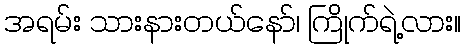
အရမ်း သားနားတယ်နော်၊ ကြိုက်ရဲ့လား။